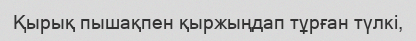
Қырық пышақпен қыржыңдап тұрған түлкі,